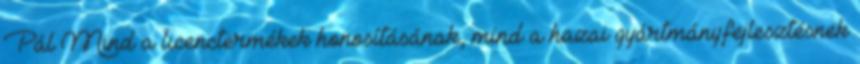
Pál Mind a licenctermékek honosításának, mind a hazai gyártmányfejlesztésnek